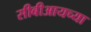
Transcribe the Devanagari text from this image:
सीबीआयच्या